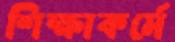
শিক্ষাকর্মে